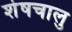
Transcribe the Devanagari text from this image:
शेषचालु